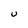
Character: U